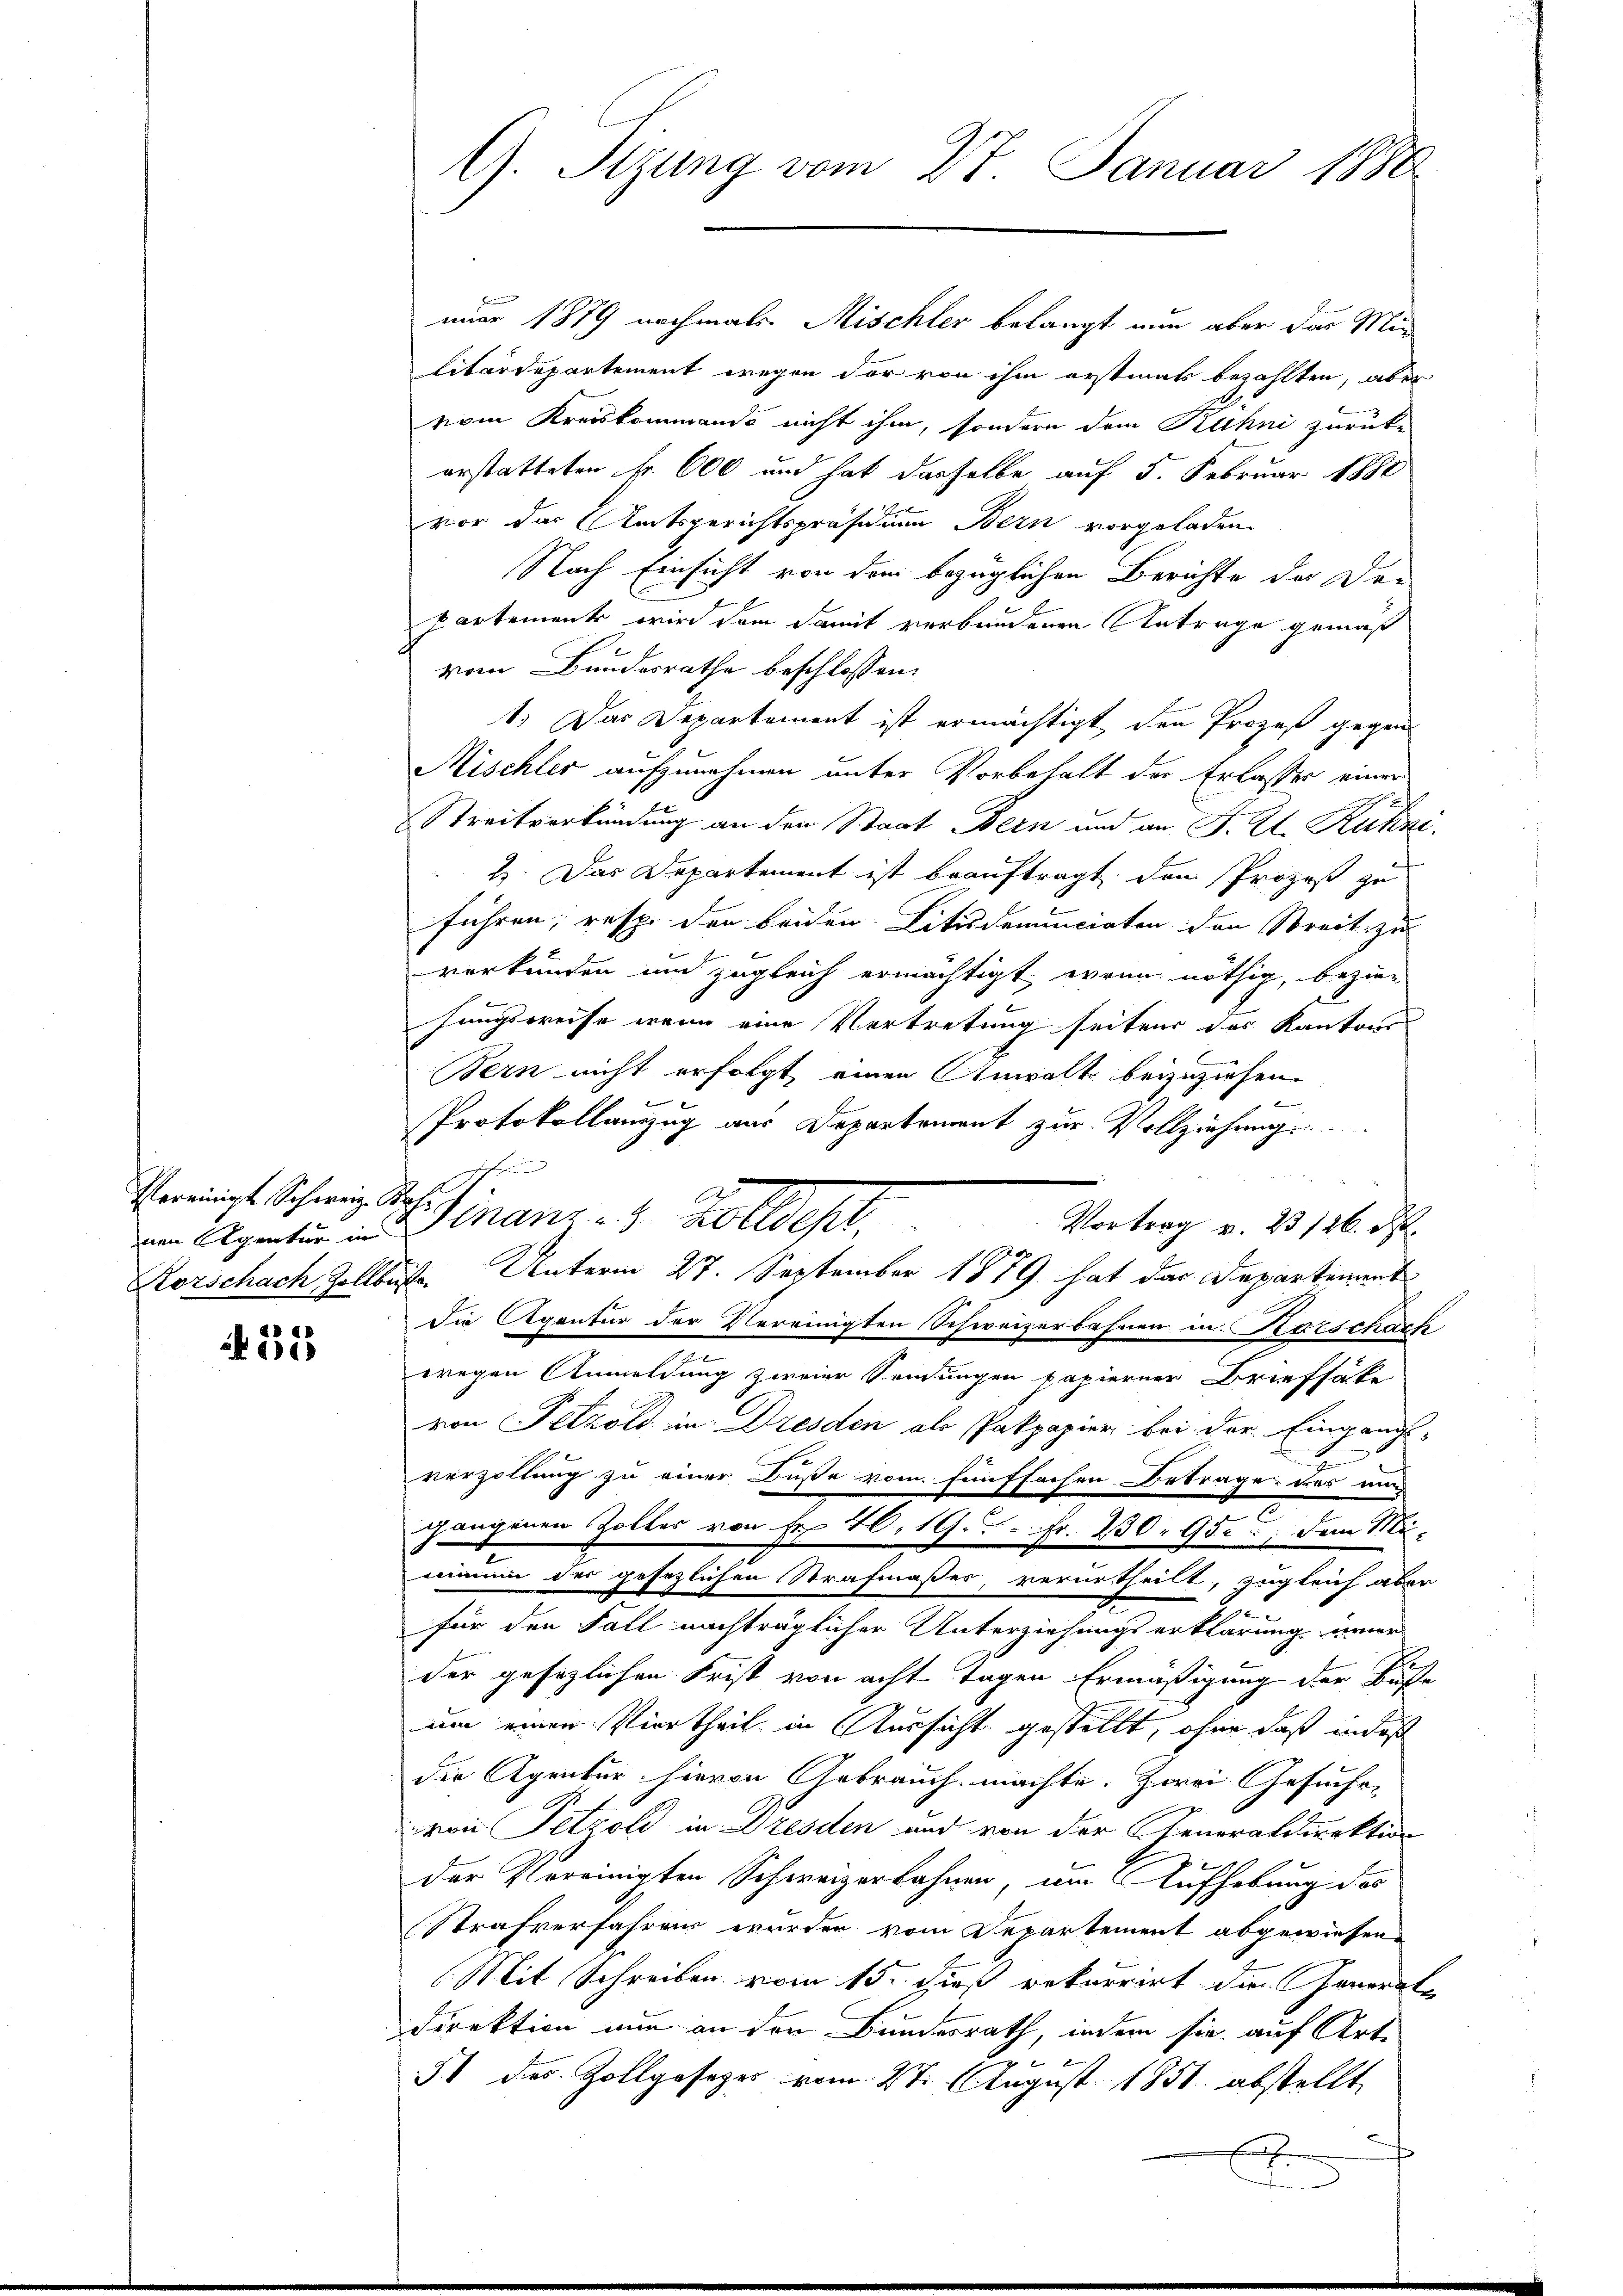
Vereinigt Schweiz. Bas
nen Agentur in

D D
e

G. Sizung vom 27. Januar 1880

nuar 1879 nochmals Mischler belangt nun aber das Min
litärdepartement wegen der von ihm erstmats bezahlten, aber
vom Kreiskommando nicht ihm, sondern dem Rühni zurücke
erstatteten Fr. 600 und hat dasselbe auf 5. Februar 1880
vor das Amtsgerichtspräsidium Bern vorgeladen.
Nach Einsicht von dem bezüglichen Berichte der De¬
Partement wird dem damit verbundenen Antrage gemäß
vom Bundesrathe beschlossen:
1.) Das Departement ist ermächtigt, den Prozeß gegen
Mischler aufzunehmen unter Vorbehalt der Erlasses einer
Streitverkündung an den Staat Bern und an F. Zt. Kuhni
2. Das Departement ist beauftragt, den Prozeß zu
führen, resp. den beiden Litudenuncirten den Streit zu
verkünden und zugleich ermächtigt, wenn nöthig, bezier
hungsweise wenn eine Vortretung seitens des Kantons
Bern nicht erfolgt einen Anwalt beizuziehen.
l
Protokollauszug aus Departement zur Vollziehung
finanz u. Kollecht.
Vortrag v. 23126. St.
Korschach Zollbüste. Unterm 27. September 1879 hat das Departement
die Agentur der Vereinigten Schweizerbahnen in Kutschach
e
wegen Anmeldung zweier Sendungen papierner Briefsätz
von Pelzold in Dresden als Pakpapier bei der Eingangs-
s
verzollung zu einer Buße vom fünffachen Betrage, das nun
d
gangenen Zolles von Fr. 40. 19. 5. Fr. 230. 950; dem Mineien der gesezlichen Strafmaßes, verurtheilt, zugleich aber
für den Fall nachträglicher Unterziehungserklärung inner
der gesezlichen Frist von acht Tagen Ermäßigung der Buse
um einen Viertheil in Aussicht gestellt, ohne daß in des
die Agentur hievon Gebrauch machte. Zwei Gesuchs-
von Petzold in Dresden und von der Generaldirektion
der Vereinigten Schweizerbahnen, um Aufhebung des
Strafverfahrens wurden vom Departement abgewiesen.
Mit Schreiben vom 15. dieß rekurrirt die Generate
Direktion nun an den Bundesrath, indem sie, auf Arte
§ 1 des Zollgesezes vom 27. August 1851 abstellt
.

.